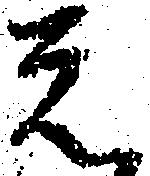
元